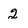
Character: 2